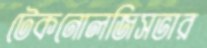
টেকনোলজিসভার